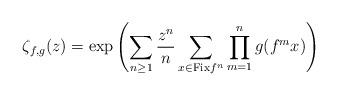
LaTeX: \begin{align*}\zeta_{f,g}(z)=\exp\left(\sum_{n\geq 1}\frac{z^n}{n}\sum_{x\in\mathrm{Fix} f^n}\prod_{m=1}^{n}g(f^mx)\right)\end{align*}